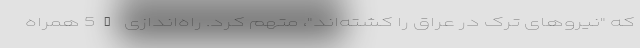
که "نیروهای ترک در عراق را کشته‌اند"، متهم کرد. راه‌اندازی 5G همراه